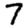
Digit: 7